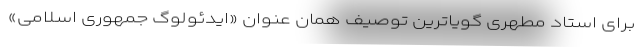
برای استاد مطهری گویاترین توصیف همان عنوان «ایدئولوگ جمهوری اسلامی»